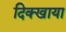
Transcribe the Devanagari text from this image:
दिक्खाया